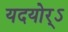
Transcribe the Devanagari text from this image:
यदयोर्ऽ